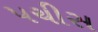
પચીસ